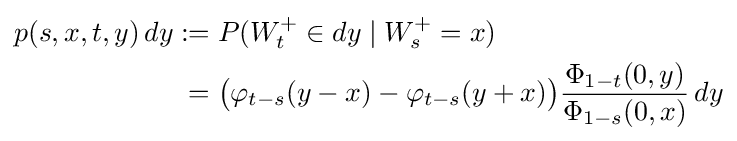
{\begin{aligned}p(s,x,t,y)\,dy:={}&P(W_{t}^{+}\in dy\mid W_{s}^{+}=x)\\={}&{\bigl (}\varphi _{t-s}(y-x)-\varphi _{t-s}(y+x){\bigl )}{\frac {\Phi _{1-t}(0,y)}{\Phi _{1-s}(0,x)}}\,dy\end{aligned}}